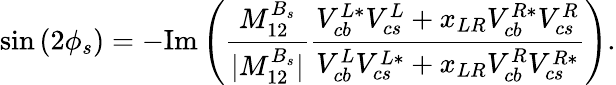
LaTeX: \sin{(2\phi_{s})}=-\mathrm{Im}\left({\frac{M_{12}^{B_{s}}}{|M_{12}^{B_{s}}|}}{\frac{V_{cb}^{L*}V_{cs}^{L}+x_{LR}V_{cb}^{R*}V_{cs}^{R}}{V_{cb}^{L}V_{cs}^{L*}+x_{LR}V_{cb}^{R}V_{cs}^{R*}}}\right).